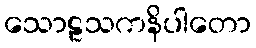
သောဠသကနိပါတော